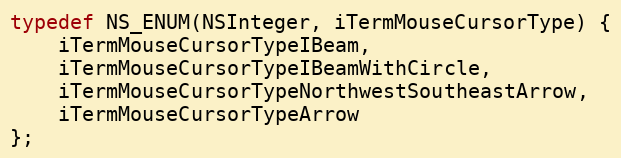
Language: C
typedef NS_ENUM(NSInteger, iTermMouseCursorType) {
    iTermMouseCursorTypeIBeam,
    iTermMouseCursorTypeIBeamWithCircle,
    iTermMouseCursorTypeNorthwestSoutheastArrow,
    iTermMouseCursorTypeArrow
};